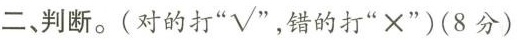
二、判断。(对的打”√”，错的打”×”)(8分)